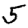
Digit: 5